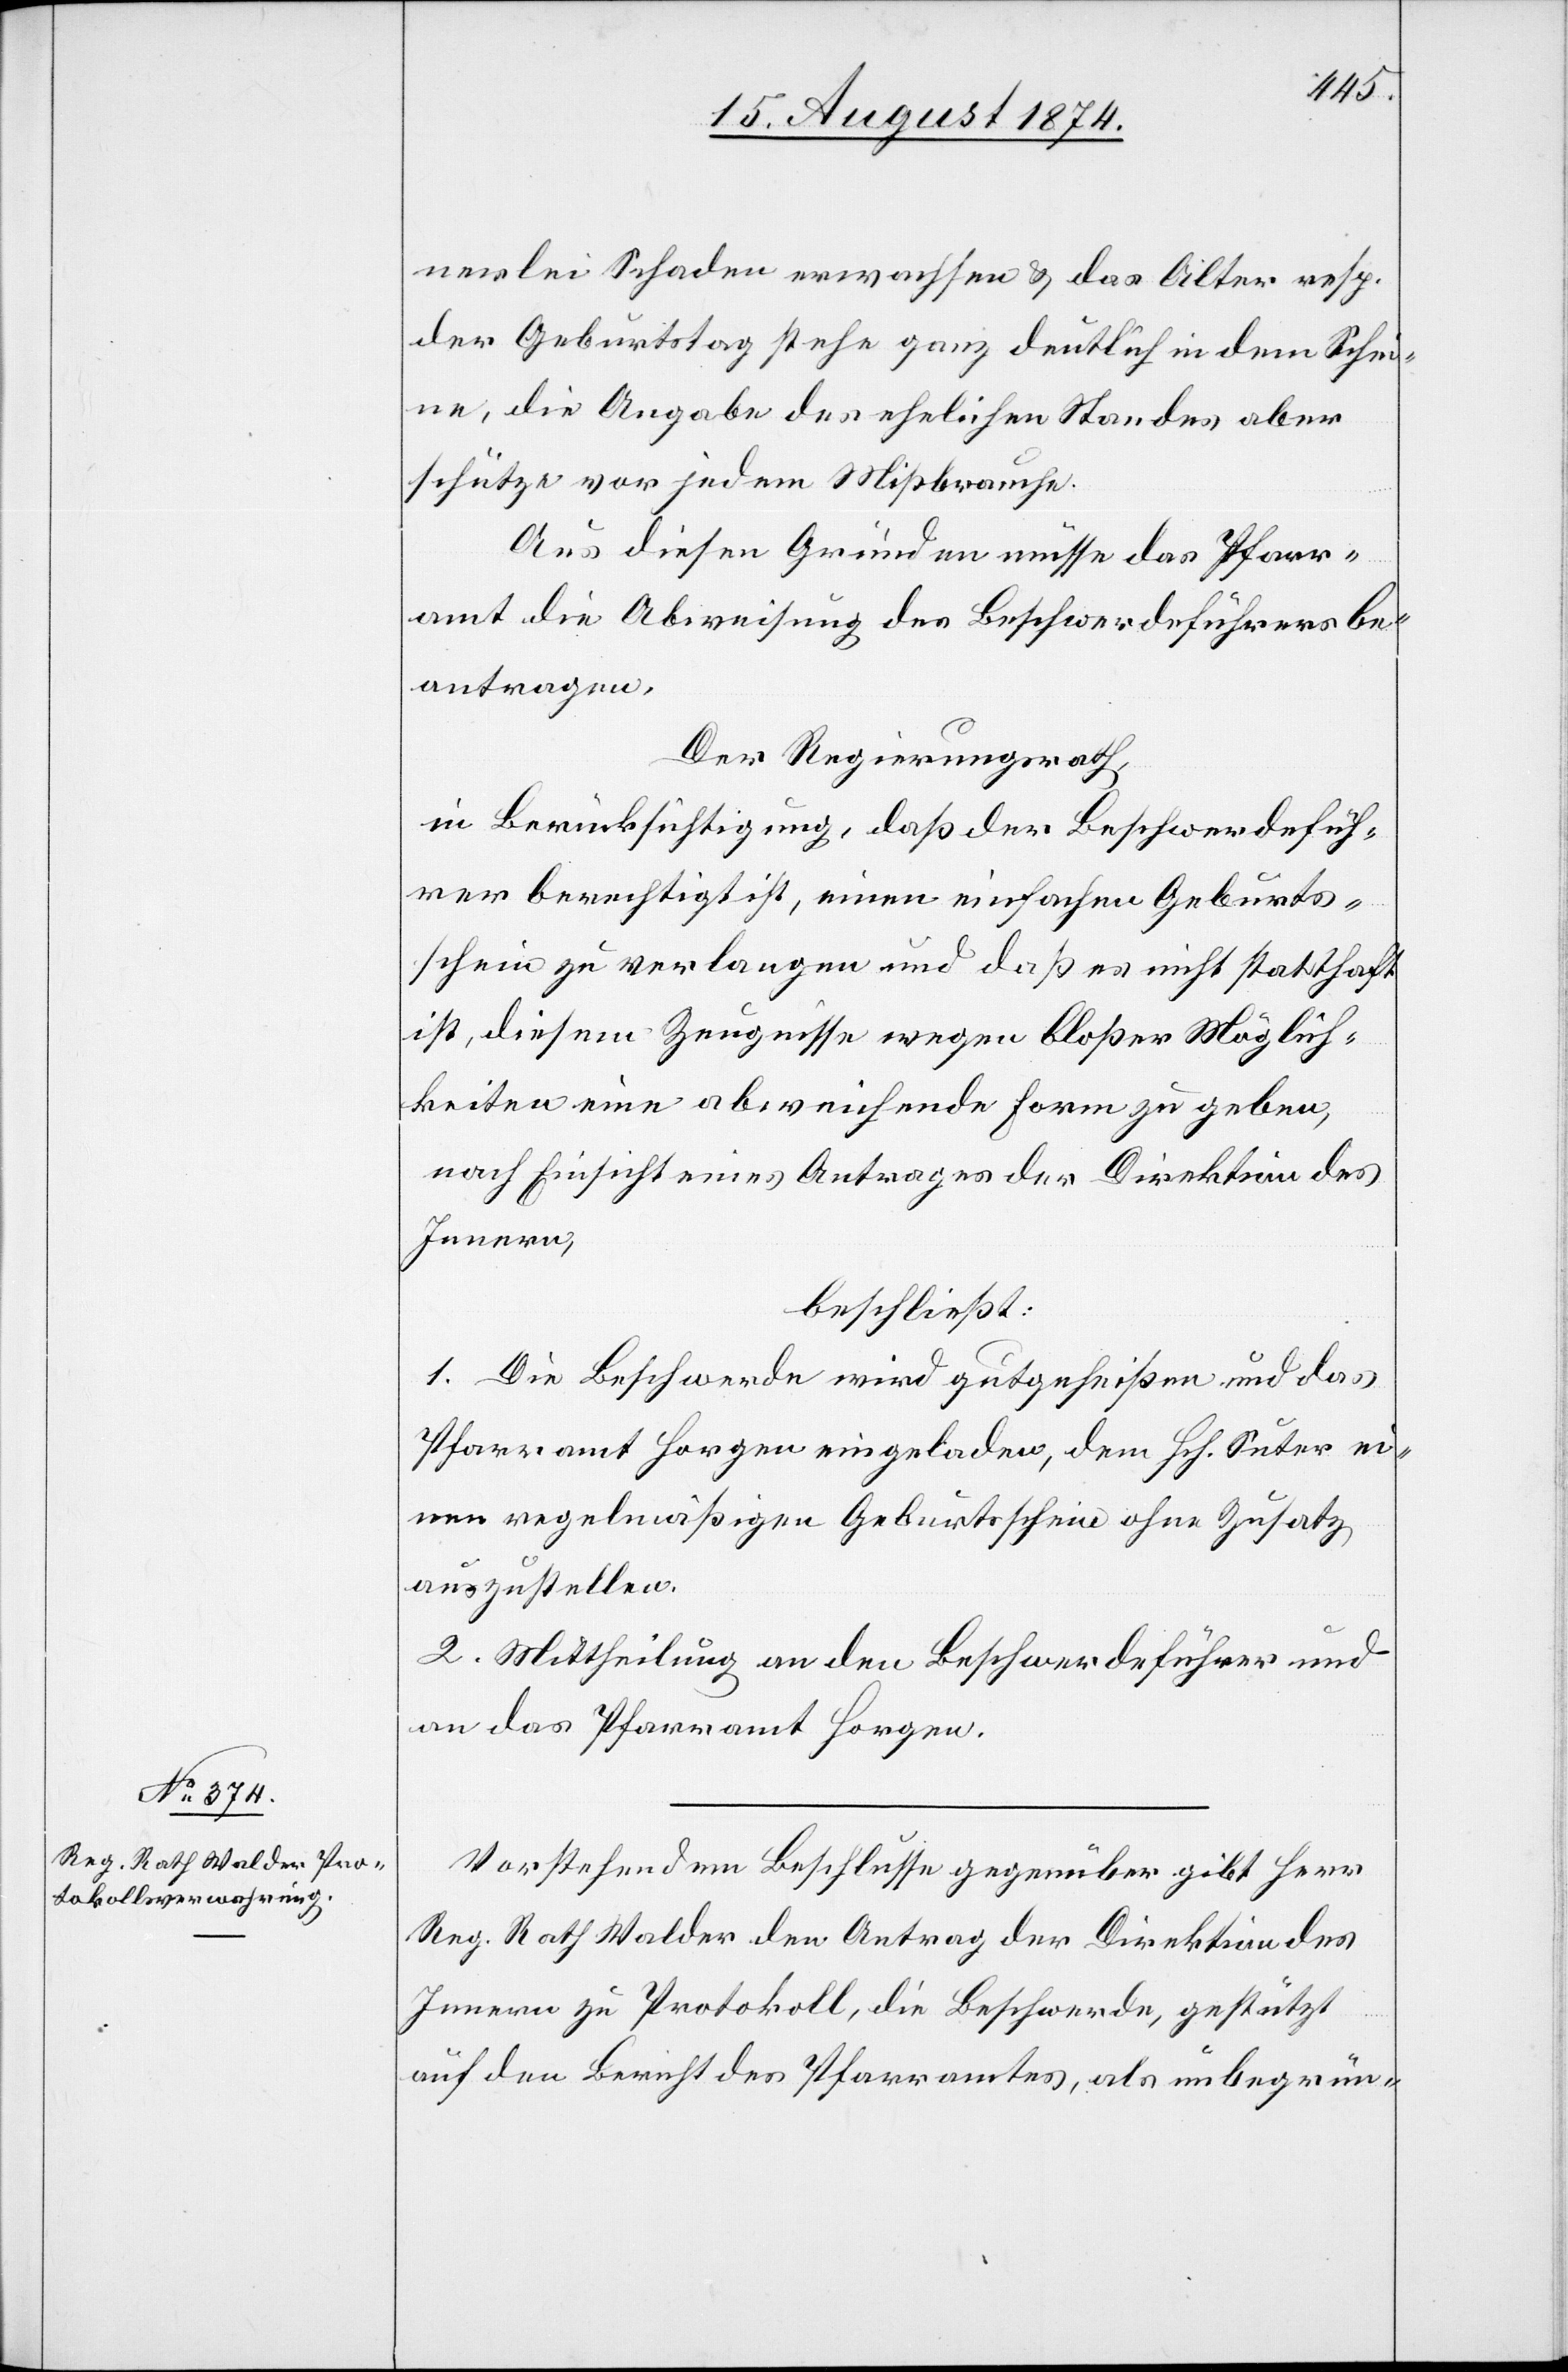
nerlei Schaden erwachsen u. das Alter resp.
der Geburtstag stehe ganz deutlich in dem Schei¬
ne, die Angabe des ehelichen Standes aber
schütze vor jedem Mißbrauche.
Aus diesen Gründen müsse das Pfarr¬
amt die Abweisung des Beschwerdeführers be¬
antragen.
Der Regierungsrath,
in Berücksichtigung, daß der Beschwerdefüh¬
rer berechtigt ist, einen einfachen Geburts¬
schein zu verlangen und daß es nicht statthaft
ist, diesem Zeugnisse wegen bloßer Möglich¬
keiten eine abweichende Form zu geben,
nach Einsicht eines Antrages der Direktion des
Innern,
beschließt:
1. Die Beschwerde wird gutgeheißen und das
Pfarramt Horgen eingeladen, dem Hch. Suter ei¬
nen regelmäßigen Geburtsschein ohne Zusatz
auszustellen.
2. Mittheilung an den Beschwerdeführer und
an das Pfarramt Horgen.
Vorstehendem Beschlusse gegenüber gibt Herr
Reg. Rath Walder den Antrag der Direktion des
Innern zu Protokoll, die Beschwerde, gestützt
auf den Bericht des Pfarramtes, als unbegrün-